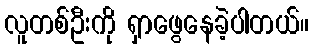
လူတစ်ဦးကို ရှာဖွေနေခဲ့ပါတယ်။